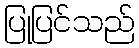
ပြုပြင်သည်